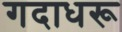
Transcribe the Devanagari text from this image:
गदाधरू